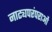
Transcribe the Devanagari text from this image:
नाट्यपरंपराओं